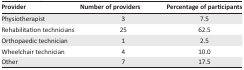
<table><thead><tr><td><b>Provider</b></td><td><b>Number of providers</b></td><td><b>Percentage of participants</b></td></tr></thead><tbody><tr><td>Physiotherapist</td><td>3</td><td>7.5</td></tr><tr><td>Rehabilitation technicians</td><td>25</td><td>62.5</td></tr><tr><td>Orthopaedic technician</td><td>1</td><td>2.5</td></tr><tr><td>Wheelchair technician</td><td>4</td><td>10.0</td></tr><tr><td>Other</td><td>7</td><td>17.5</td></tr></tbody></table>